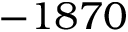
- 1 8 7 0